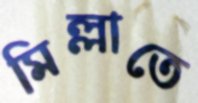
মিল্লাতে